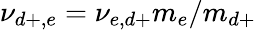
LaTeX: \nu_{d+,e}=\nu_{e,d+}m_{e}/m_{d+}